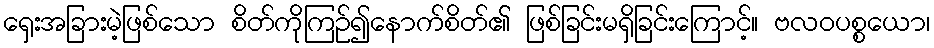
ရှေးအခြားမဲ့ဖြစ်သော စိတ်ကိုကြဉ်၍နောက်စိတ်၏ ဖြစ်ခြင်းမရှိခြင်းကြောင့်။ ဗလဝပစ္စယော၊